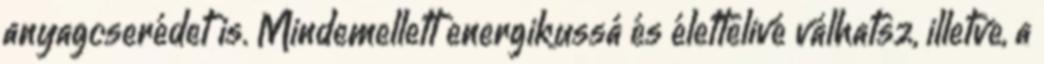
anyagcserédet is. Mindemellett energikussá és élettelivé válhatsz, illetve, a